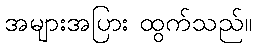
အများအပြား ထွက်သည်။